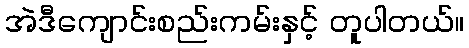
အဲဒီကျောင်းစည်းကမ်းနှင့် တူပါတယ်။